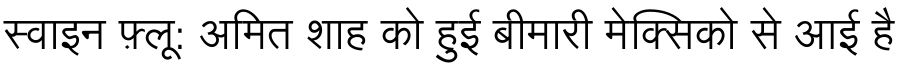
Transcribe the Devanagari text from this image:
स्वाइन फ़्लू: अमित शाह को हुई बीमारी मेक्सिको से आई है